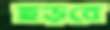
ছড়বে